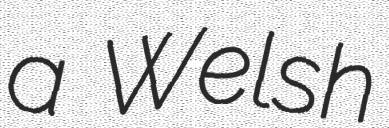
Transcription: a Welsh